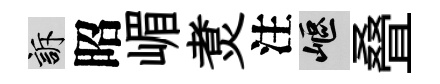
訴昭嵋煑注嶇叠